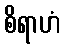
စိရာဟံ